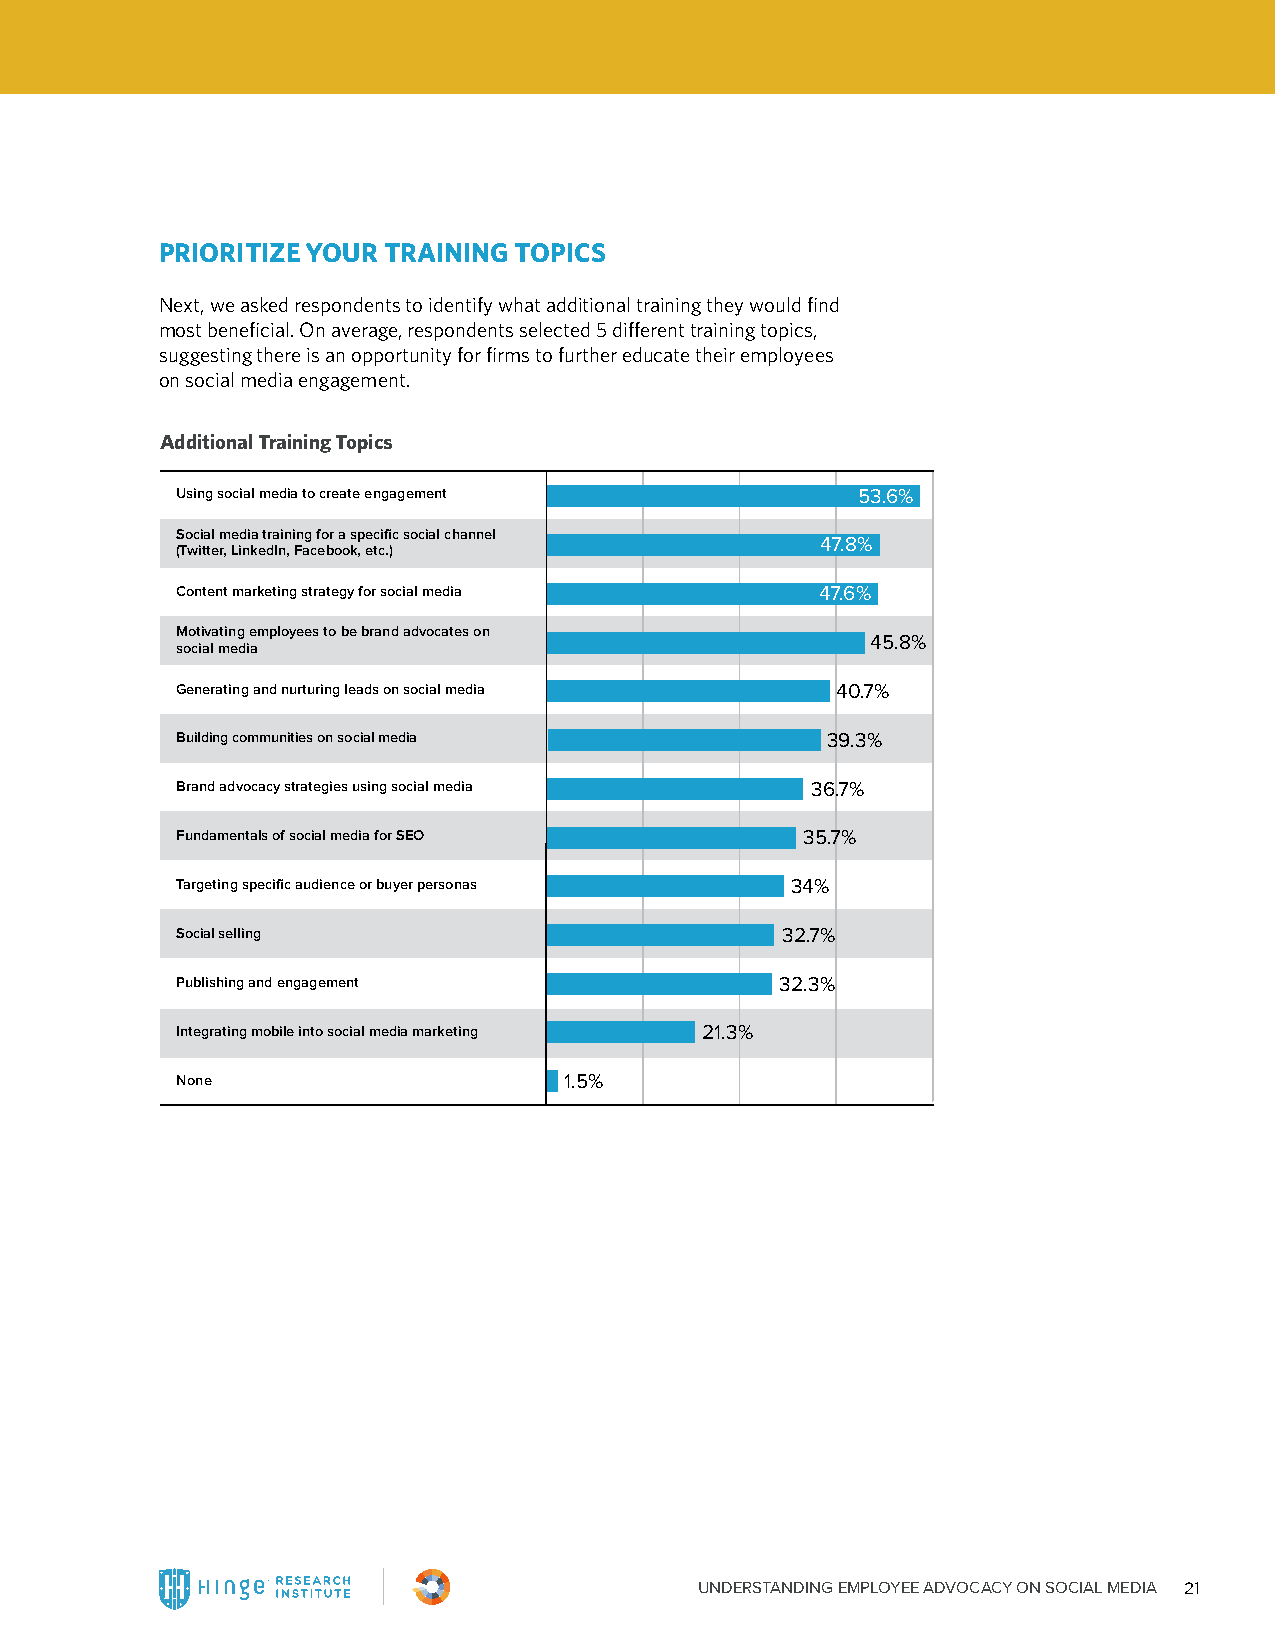
PRIORITIZE YOUR TRAINING TOPICS
 Next, we asked respondents to identify what additional training they would find
 most beneficial. On average, respondents selected 5 different training topics,
 suggesting there is an opportunity for firms to further educate their employees
 on social media engagement.
 Additional Training Topics
 Using social media to create engagement      53.6%
 Social media training for a specific social channel
 47.8%
 (Twitter, LinkedIn, Facebook, etc.)
 Content marketing strategy for social media 47.6%
 Motivating employees to be brand advocates on
 45.8%
 social media
 Generating and nurturing leads on social media 40.7%
 Building communities on social media       39.3%
 Brand advocacy strategies using social media 36.7%
 Fundamentals of social media for SEO     35.7%
 Targeting specific audience or buyer personas 34%
 Social selling                          32.7%
 Publishing and engagement               32.3%
 Integrating mobile into social media marketing 21.3%
 None                     1.5%
 UNDERSTANDING EMPLOYEE ADVOCACY ON SOCIAL MEDIA 21